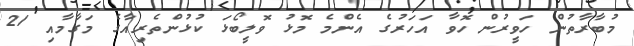
މުބާރާތުން ހަވީރުން ހޮވާ އަހަރުގެ އެންމެ މޮޅު ވޮލީބޯޅަ ކުޅުންތެރިއާގެ މަގާމާއި 21